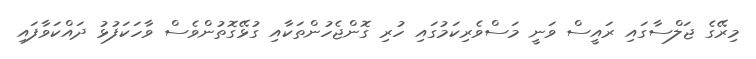
މިރޭގެ ޖަލްސާގައި ރައީސް ވަނީ މަސްވެރިކަމުގައި ހުރި ގޮންޖެހުންތަކާއި ގުޅޭގޮތުންވެސް ވާހަކަފުޅު ދައްކަވާފައި